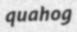
quahog